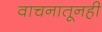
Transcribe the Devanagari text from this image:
वाचनातूनही